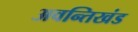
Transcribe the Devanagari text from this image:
अवन्तिखंड